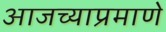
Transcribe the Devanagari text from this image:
आजच्याप्रमाणे